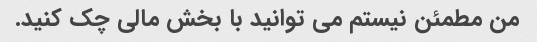
من مطمئن نیستم می توانید با بخش مالی چک کنید.